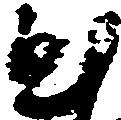
至